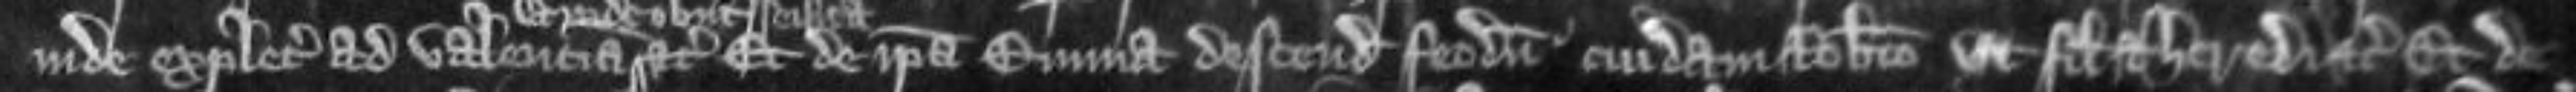
inde expletias ad valenciam etc Et de ipsa Emma descendit feodum cuidam Roberto ut filio et heredi etc Et de